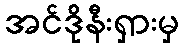
အင်ဒိုနီးရှားမှ